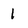
Character: 1